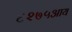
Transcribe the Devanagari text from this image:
६२७५आय